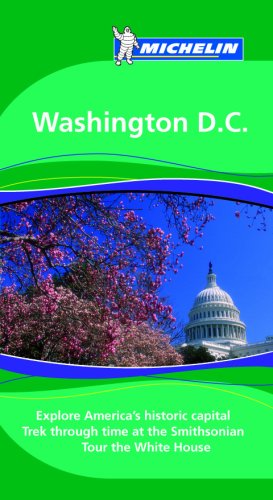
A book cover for Michelin Green Guide Washington, DC (Green Guide/Michelin); Michelin; Travel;